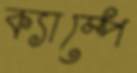
ক্যাম্পে